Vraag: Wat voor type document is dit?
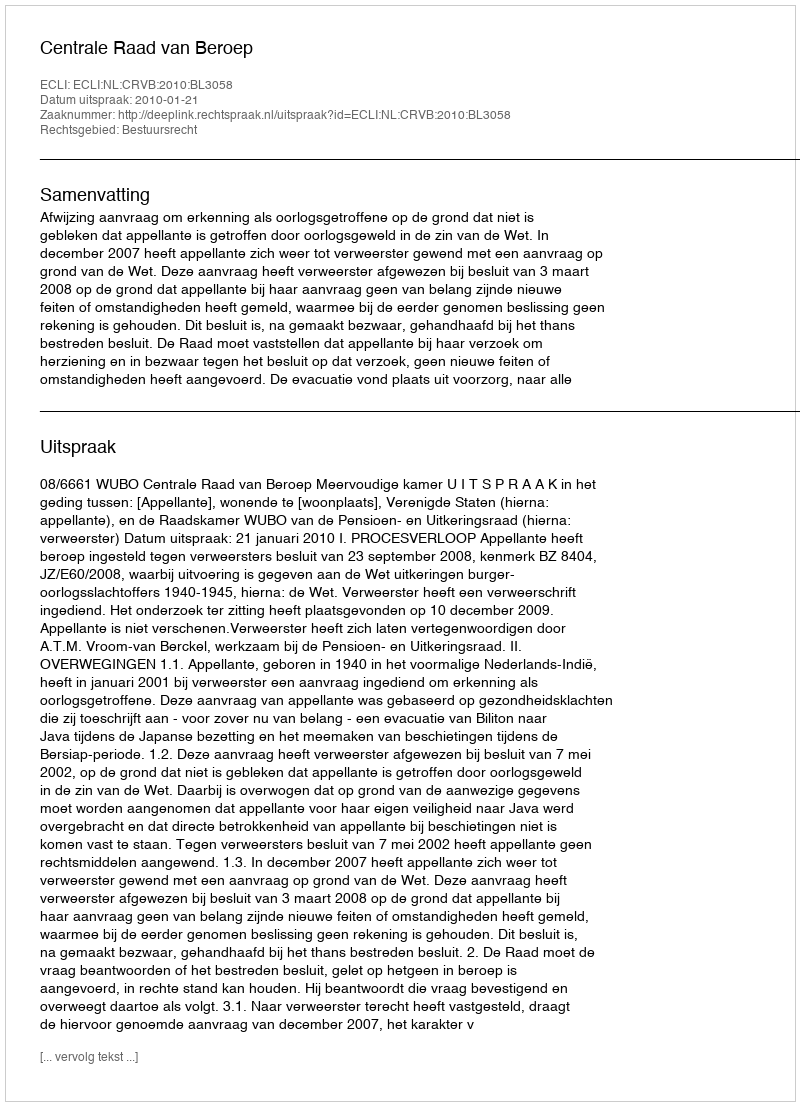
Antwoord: Uitspraak